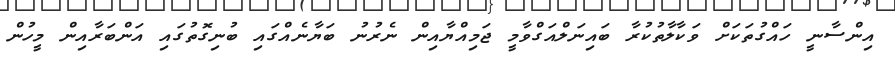
އިންސާނީ ހައްގުތަކަށް ވަކާލާތުކުރާ ބައިނަލްއަގްވާމީ ޖަމިއްޔާއިން ނެރުނު ބަޔާނެއްގައި ބުނިގޮތުގައި އަންބަރާއިން މީހުން